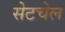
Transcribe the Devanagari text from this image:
सेटचेल